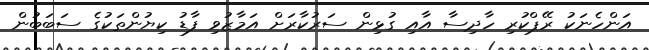
އަންހެނަކު ރޭޕްކުރި ހާދިސާ އާއި ގުޅިން ސަރުކާރަށް އަމާޒުވި ފާޑު ކިޔުންތަކުގެ ސަބަބުން